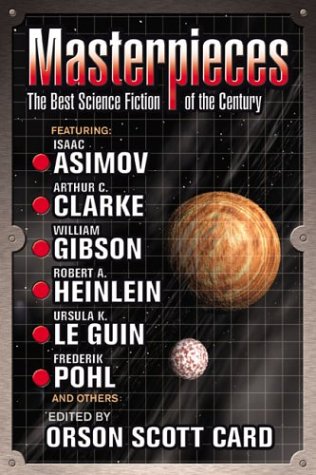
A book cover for Masterpieces: The Best Science Fiction of the 20th Century; Science Fiction & Fantasy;